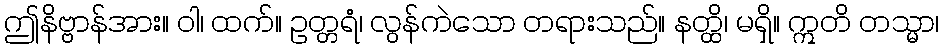
ဤနိဗ္ဗာန်အား။ ဝါ၊ ထက်။ ဥတ္တရံ၊ လွန်ကဲသော တရားသည်။ နတ္ထိ၊ မရှိ။ ဣတိ တသ္မာ၊